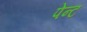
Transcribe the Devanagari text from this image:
पेन्‍ट